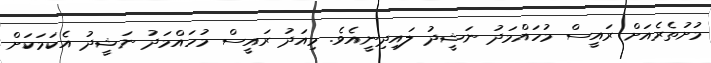
މުށުތެރެއަށް ރައީސް މުހައްމަދު ނަޝީދު ލައިދިނީއެވެ. މިއަދު ރައީސް މުހައްމަދު ނަޝީދު އެކަމަކަށް